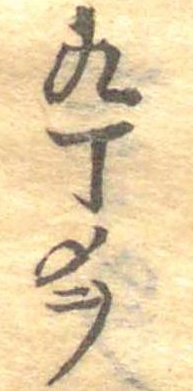
九丁メヲ